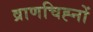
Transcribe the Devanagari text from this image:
व्राणचिह्नों